DOW-UAP-D49, Launch Summary, Vandenberg AFB, 2000
Agency: Department of War
Incident date: 2/3/00
Page 33
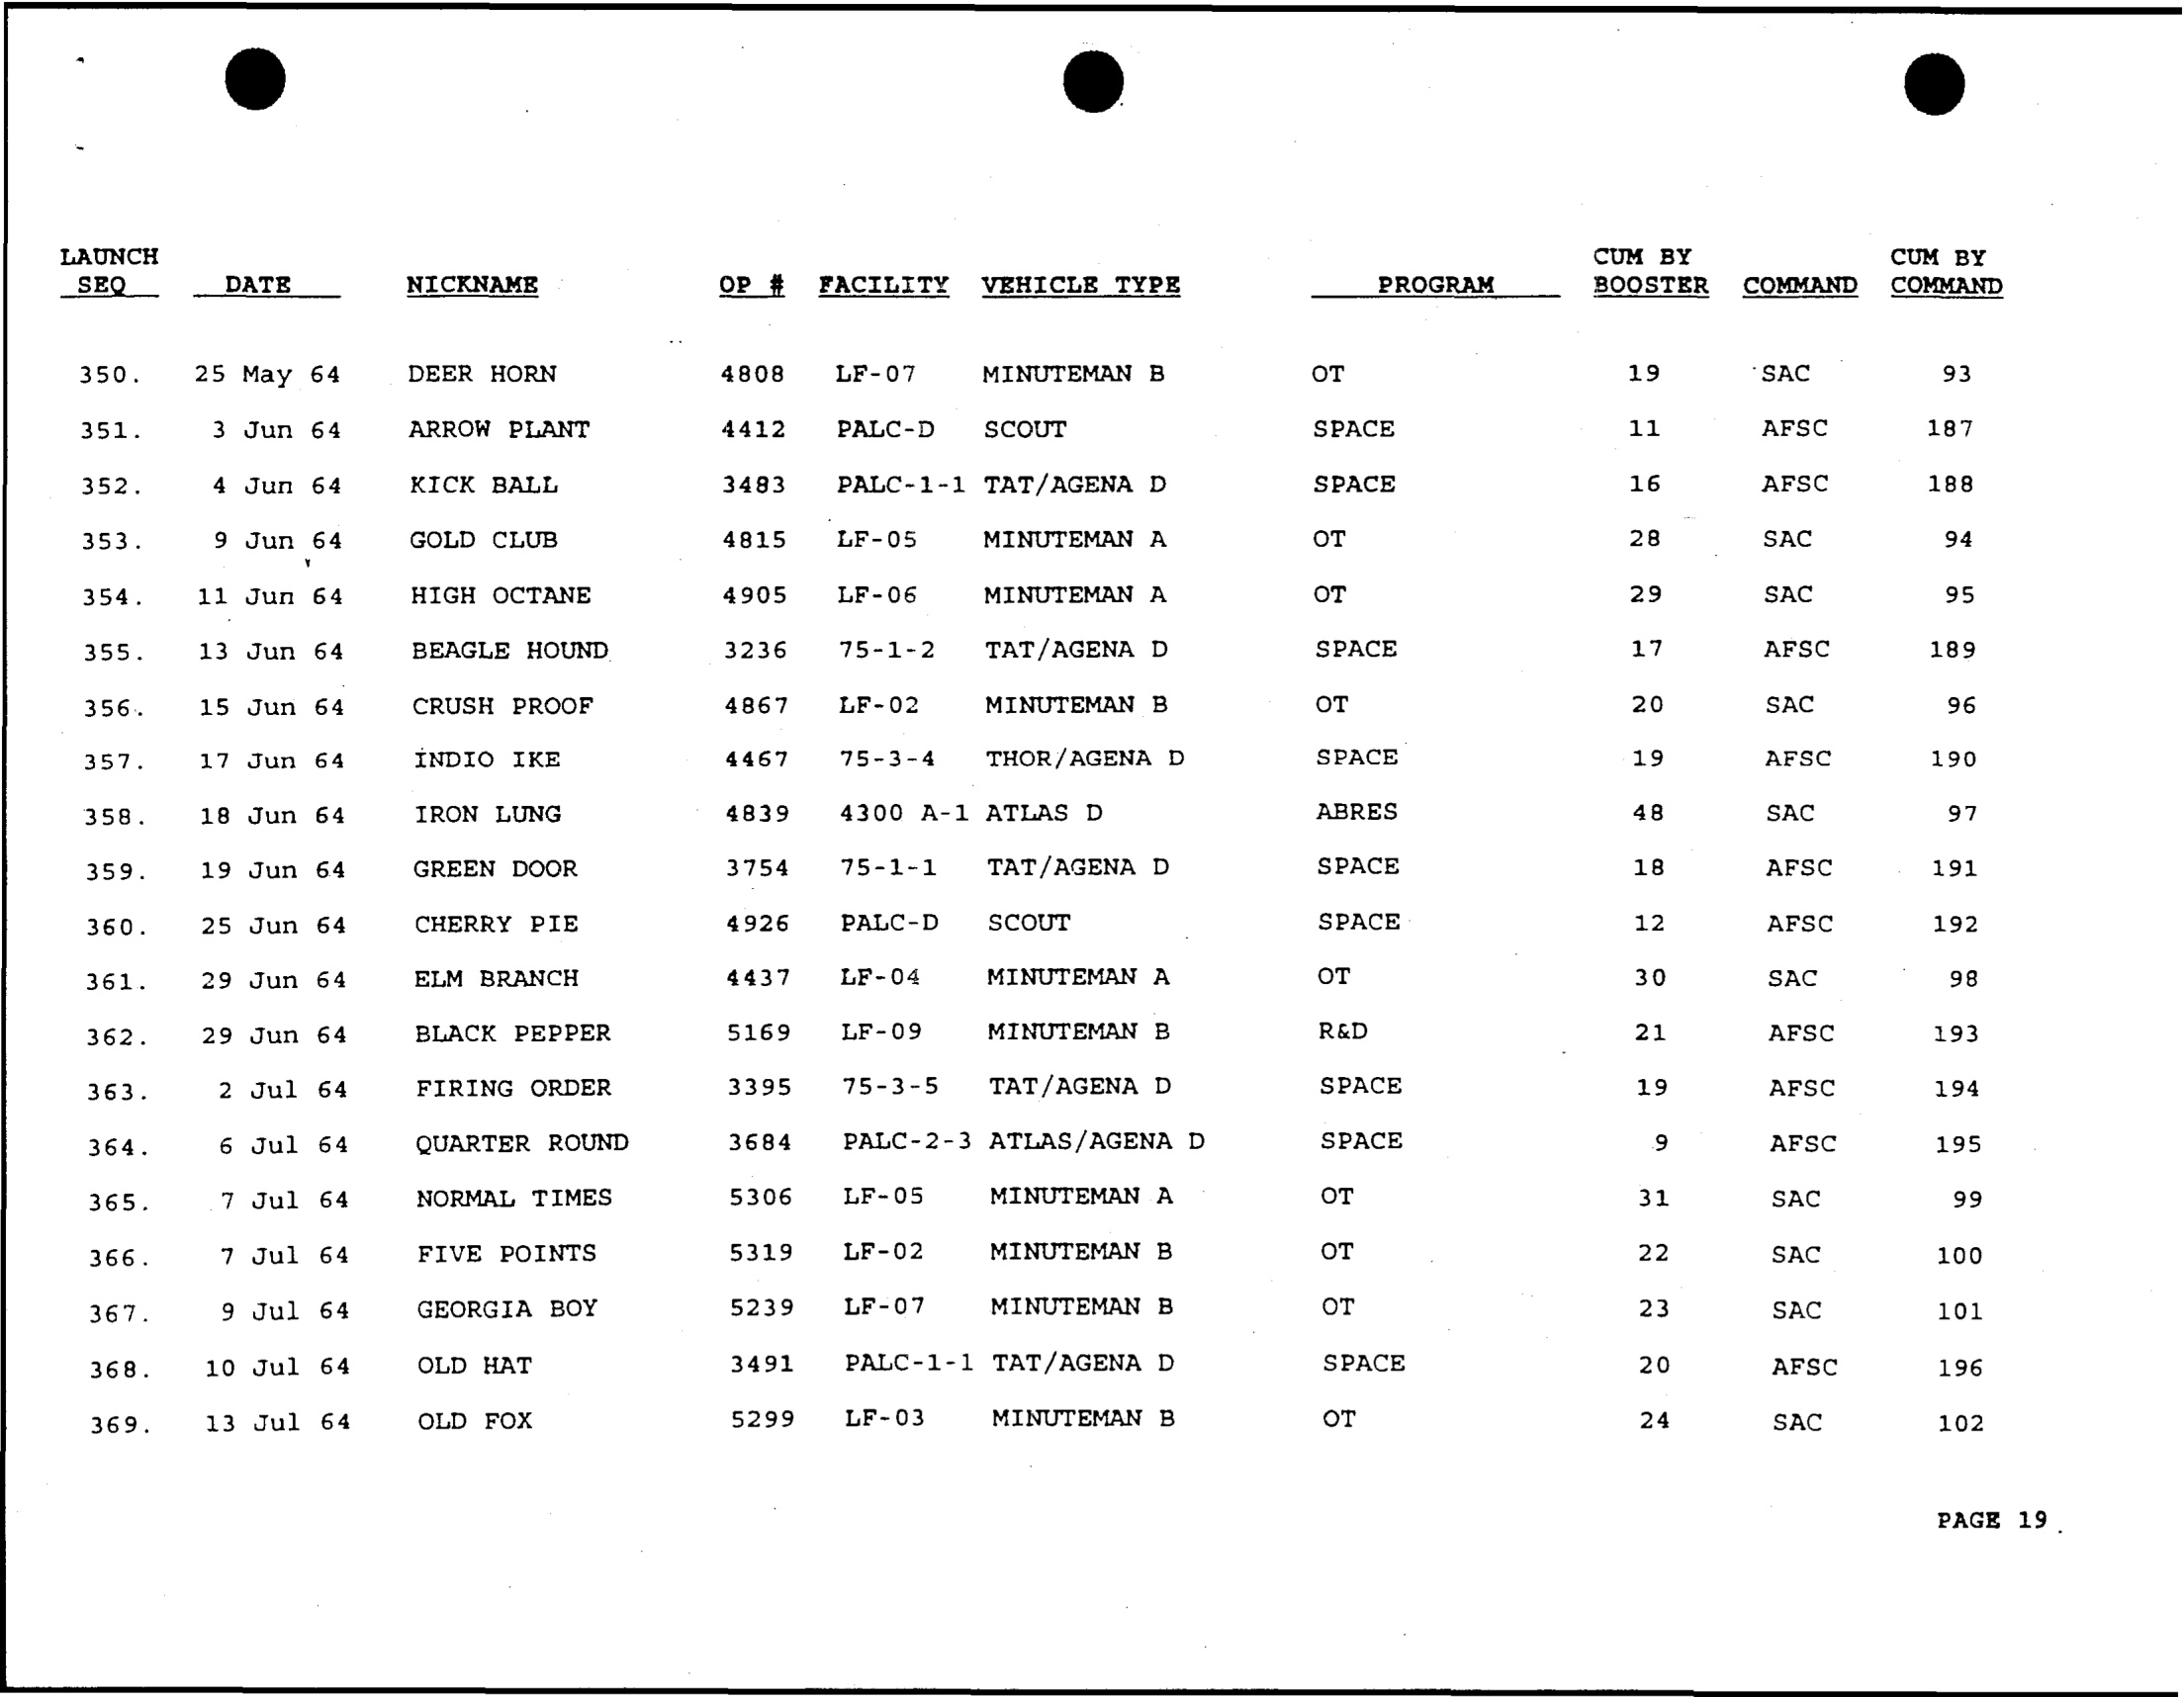